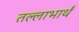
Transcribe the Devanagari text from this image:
तल्लाभार्थं